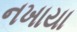
નખાયા